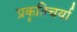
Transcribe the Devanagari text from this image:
प्रकृतिचर्या